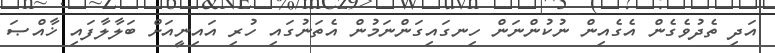
އަދި ތެދުވެގެން އެގެއިން ނުކުންނަން ހިނގައިގަންނަމުން އެތަނުގައި ހުރި އައިނީއަށް ބަލާލާފައި ޚާއްޞަ